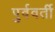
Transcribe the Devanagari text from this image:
पुर्ववर्ती